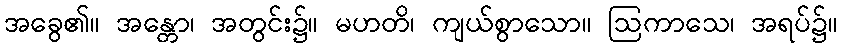
အခွေ၏။ အန္တော၊ အတွင်း၌။ မဟတိ၊ ကျယ်စွာသော။ ဩကာသေ၊ အရပ်၌။